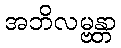
အဘိလမ္ဗန္တာ